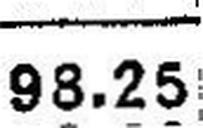
98.25